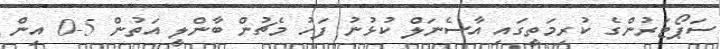
ސަޕޯޓަރުންގެ ކުރިމަތީގައި އާސެނަލް ކުޅުނު ފަހު މެޗުން ބާންލީ އަތުން 5-0 އިން